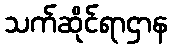
သက်ဆိုင်ရာဌာန